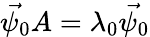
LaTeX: \vec{\psi_{0}}A=\lambda_{0}\vec{\psi_{0}}